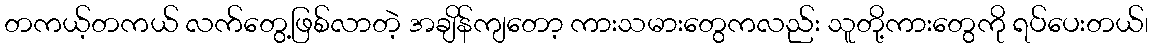
တကယ့်တကယ် လက်တွေ့ဖြစ်လာတဲ့ အချိန်ကျတော့ ကားသမားတွေကလည်း သူတို့ကားတွေကို ရပ်ပေးတယ်၊